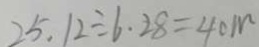
2 5 . 1 2 \div 6 . 2 8 = 4 0 m